Indian journal of veterinary science and animal husbandry - Volumes 22-23, 1952-1953
Year: 1952
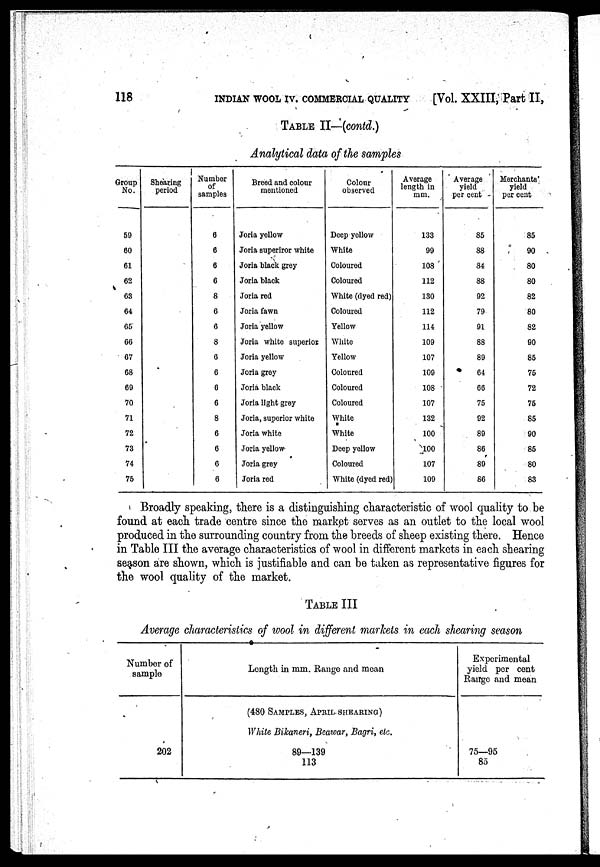
118
INDIAN WOOL IV. COMMERCIAL QUALITY
[Vol. XXIII, Part II,
TABLE II—(contd.)
Analytical data of the samples
Group
No.
59
60
61
62
63
64
65
66
67
68
69
70
71
72
73
74
75
Shearing
period
Number
of
samples
6
6
6
6
8
6
6
8
6
6
6
6
8
6
6
6
6
Breed and colour
mentioned
Joria yellow
Joria superiror white
Joria black grey
Joria black
Joria red
Joria fawn
Joria yellow
Joria white superior
Joria yellow
Joria grey
Joria black
Joria light grey
Joria, superior white
Joria white
Joria yellow
Joria grey
Joria red
Colour
observed
Deep yellow
White
Coloured
Coloured
White (dyed red)
Coloured
Yellow
White
Yellow
Coloured
Coloured
Coloured
White
White
Deep yellow
Coloured
White (dyed red)
Average
length in
mm.
133
99
108
112
130
112
114
109
107
109
108
107
132
100
100
107
109
Average
yield
per cent
85
88
84
88
92
79
91
88
89
64
66
75
92
89
86
89
86
Merchants'
yield
per cent
85
90
80
80
82
80
82
90
85
75
72
75
85
90
85
80
83
Broadly speaking, there is a distinguishing characteristic of wool quality to be
found at each trade centre since the market serves as an outlet to the local wool
produced in the surrounding country from the breeds of sheep existing there. Hence
in Table III the average characteristics of wool in different markets in each shearing
season are shown, which is justifiable and can be taken as representative figures for
the wool quality of the market.
TABLE III
Average characteristics of wool in different markets in each shearing season
Number of
sample
202
Length in mm. Range and mean
(480 SAMPLES, APRIL SHEARING)
White Bikaneri, Beawar, Bagri, etc.
89—139
113
Experimental
yield per cent
Range and mean
75—95
85